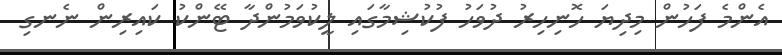
އެންމެ ފަހުން މިދިޔަ ހޮނިހިރު ދުވަހު ފުކުޝިމާގައި ލީކުވަމުންދާ ޓޭންކު ކައިރިން ނެނގި